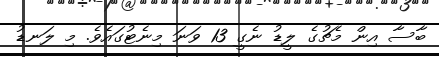
ބާސާ އިން މެޗުގެ ލީޑު ނެގީ 13 ވަނަ މިނެޓުގައެވެ. މި ލަނޑު